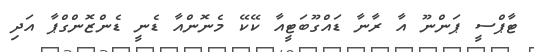
ޓާޕްސީ ޕަންނޫ އާ ރާނާ ޑައްގޫބަޓީއާ ކޭކޭ މެނޮންއާ ޑެނީ ޑެންޒޮންގްޕާ އަދި